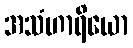
အသံဟာရိယော